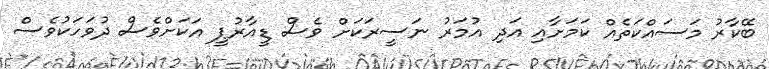
ބޭކާރު މަސައްކަތެއް ކަމަށާއި އަދި އުމަރު ނަސީރަކަށް ވެސް ޑީއާރުޕީ އަކަށްވެސް ދުވަހަކުވެސް